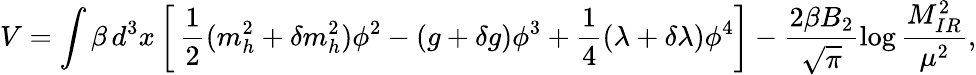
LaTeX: V=\int\beta\, d^{3}x\left[\, \frac{1}{2}(m_{h}^{2}+\delta m_{h}^{2})\phi^{2}-(g+\delta g)\phi^{3}+\frac{1}{4}(\lambda+\delta\lambda)\phi^{4}\right]-\frac{2\beta B_{2}}{\sqrt{\pi}}\log\frac{M_{IR}^{2}}{\mu^{2}},